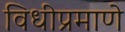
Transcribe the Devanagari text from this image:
विधीप्रमाणे